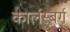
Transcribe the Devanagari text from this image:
कार्लस्बर्ग